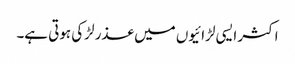
اکثر ایسی لڑائیوں میں عذر لڑکی ہوتی ہے۔